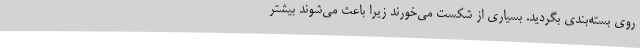
روی بسته‌بندی بگردید. بسیاری از شکست می‌خورند زیرا باعث می‌شوند بیشتر